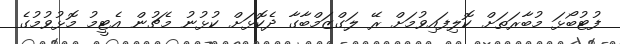
ފުޓުބޯޅަ މުބާރަތަށް ކޮލިފައިވުމަށް ރޭ ލަގްޒަމްބާގާ ދެކޮޅަށް ކުޅުނު މެޗުން އެޓީމު މޮޅުވުމުގެ